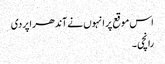
اس موقع پر انہوں نے آندھراپردی
رانچی ۔